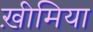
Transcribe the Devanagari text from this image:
ख़ीमिया